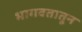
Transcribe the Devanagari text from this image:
भागवतातून